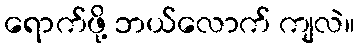
ရောက်ဖို့ ဘယ်လောက် ကျလဲ။